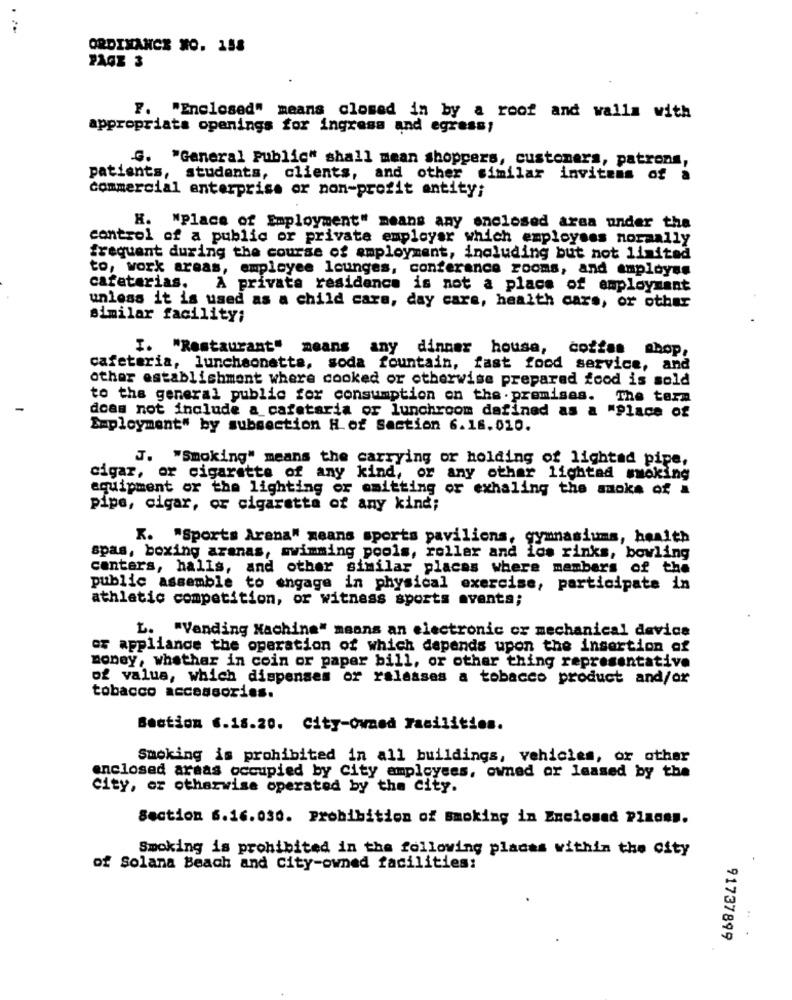
ORDINANCE NO. 158
PAGE 3
F. "Enclosed" means closed in by a roof and walls with
appropriata openings for ingresa and egress!
G. "General Public" shall mean shoppers, customers, patrons,
patients, students, clients, and other similar invitens of a
commercial enterprise or non-profit entity;
H. "place of Employment" means any enclosed area under the
control of a public or private employer which employees normally
frequent during the course of employment, including but not limited
to, work areas, employee lounges, conference rooms, and employee
cafetarias. A privata residence is not a place of employment
unless it is used as a child care, day care, health care, or other
similar facility;
I. "Restaurant" means any dinner house,
cožtas chop,
cafeteria, lunchaonatte, soda fountain, fast food service, and
other establishment where cooked or otherwise prepared food is sold
to the general public for consumption on the . premises. The term
does not include a cafetaria or lunchroom defined as a "Place of
Employment" by subsection H of Section 6.16.010.
J. "Smoking" means the carrying or holding of lightad pipe,
cigar, or cigarette of any kind, or any other lightad micking
equipment or the lighting or omitting or exhaling the smoke of a
pipe, cigar, or cigarette of any kind;
K. "Sports Arena" means sports pavilions, gymnasiums, health
spas, boxing arenas, swimming pools, roller and ios rinks, bowling
canters, halls, and other similar places where members of the
public assemble to engage in physical exercise, participate in
athletic competition, or witness sports events;
L. "Vending Machine" means an electronic or mechanical device
er appliance the operation of which depends upon the insertion of
money, whether in coin or paper bill, or other thing representative
of valus, which dispenses or ralasses a tobacco product and/or
tobacco accessories.
Section 6.18.20. City-Owned Facilities.
Smoking is prohibited in all buildings, vehicles, or other
enclosed areas occupied by City employees, owned or leased by the
City, or otherwise operated by the city.
Section 6.16.030. Prohibition of smoking in Enclosed Places.
Smoking is prohibited in the following placas within the City
of Solana Beach and City-owned facilities:
:
91737899